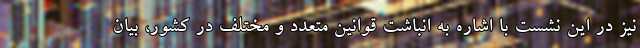
نیز در این نشست با اشاره به انباشت قوانین متعدد و مختلف در کشور، بیان